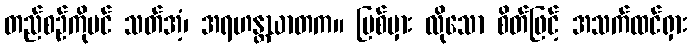
တည်စဉ်ကိုပင် သတ်အံ့၊ အရဟန္တဃာတက။ ပြစ်မှား လိုသော စိတ်ဖြင့် အသက်ထင်ရှား